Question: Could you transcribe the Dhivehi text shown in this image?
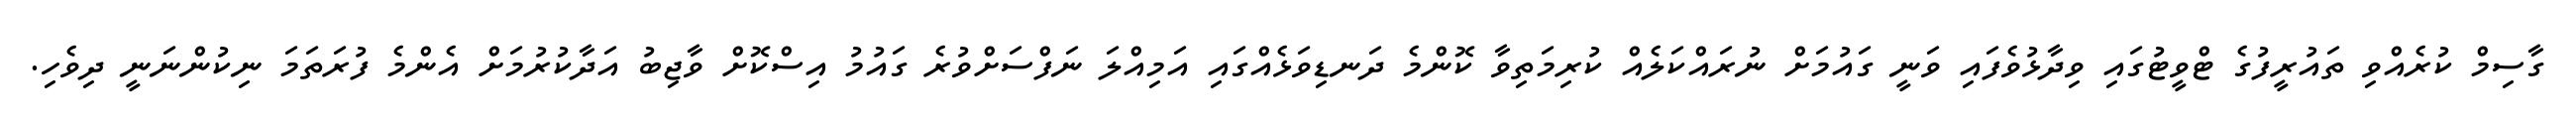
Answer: ގާސިމް ކުރެއްވި ތައުރީފުގެ ޓްވީޓުގައި ވިދާޅުވެފައި ވަނީ ގައުމަށް ނުރައްކަލެއް ކުރިމަތިވާ ކޮންމެ ދަނޑިވަޅެއްގައި އަމިއްލަ ނަފްސަށްވުރެ ގައުމު އިސްކޮށް ވާޖިބު އަދާކުރުމަށް އެންމެ ފުރަތަމަ ނިކުންނަނީ ދިވެހި.